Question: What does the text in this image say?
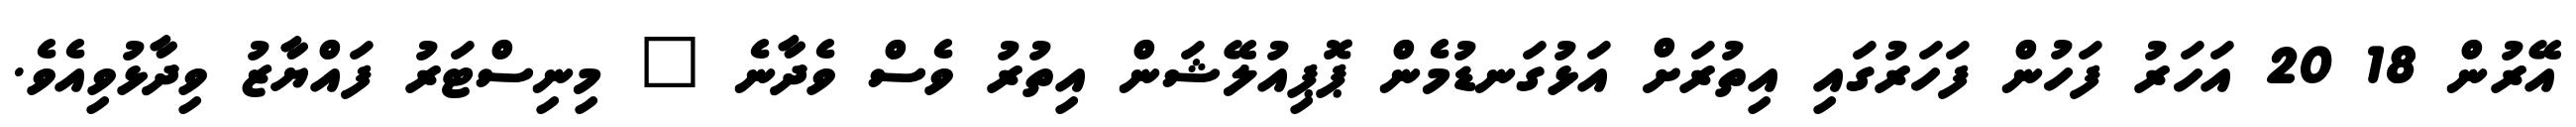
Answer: އޭރުން 18 20 އަހަރު ފަހުން ފަހަރުގައި އިތުރަށް އަޅުގަނޑުމެން ޕޮޕިއުލޭޝަން އިތުރު ވެސް ވެދާނެ " މިނިސްޓަރު ފައްޔާޒު ވިދާޅުވިއެވެ.